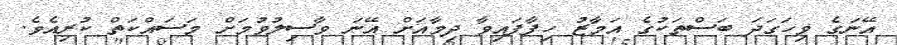
އޭނަގެ ވިހަގަދަ ބަސްތަކުގެ އަމާޒު ހިފާފައިވާ ދިމާއަށް އޭނަ ވާސިލުވުމަށް މަސައްކަތް ކުރިއެވެ.